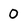
Character: 0